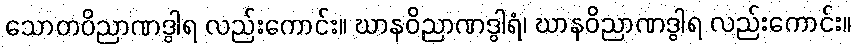
သောတဝိညာဏဒွါရ လည်းကောင်း။ ဃာနဝိညာဏဒွါရံ၊ ဃာနဝိညာဏဒွါရ လည်းကောင်း။